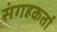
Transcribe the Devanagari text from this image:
संगहकर्ता